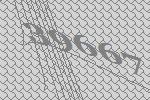
39667